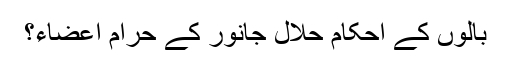
بالوں کے احکام حلال جانور کے حرام اعضاء؟